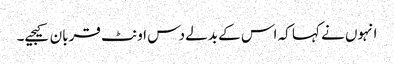
انہوں نے کہا کہ اس کے بدلے دس اونٹ قربان کیجیے۔